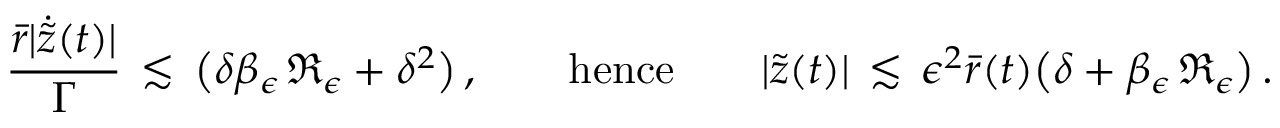
\frac { \bar { r } | \dot { \tilde { z } } ( t ) | } { \Gamma } \, \lesssim \, \bigl ( \delta \beta _ { \epsilon } \, \mathfrak { R } _ { \epsilon } + \delta ^ { 2 } \bigr ) \, , \qquad \mathrm { h e n c e } \qquad | \tilde { z } ( t ) | \, \lesssim \, \epsilon ^ { 2 } \bar { r } ( t ) \bigl ( \delta + \beta _ { \epsilon } \, \mathfrak { R } _ { \epsilon } \bigr ) \, .